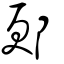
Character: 郠